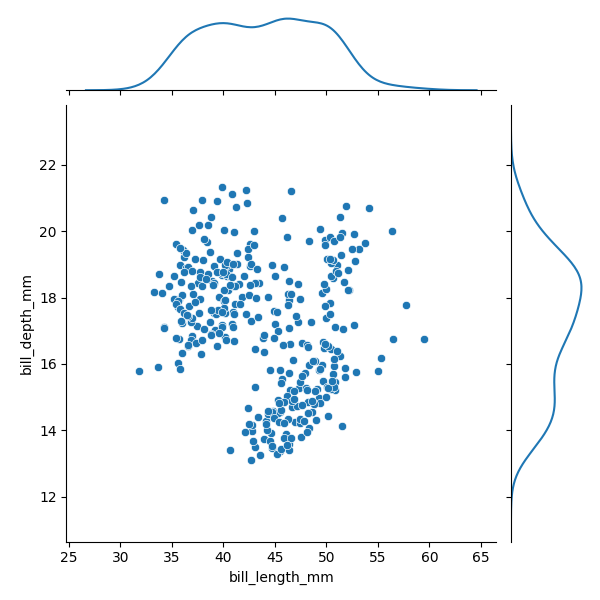
python, seaborn, JointGrid, scatterplot, kdeplot